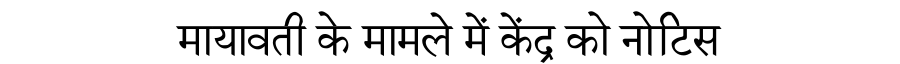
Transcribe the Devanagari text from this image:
मायावती के मामले में केंद्र को नोटिस